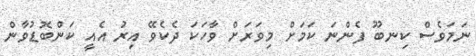
ނަމަވެސް ކިނބޫ ފެންނަ ކަމަށް މިވަރަށް ވާހަކަ ދެކެވޭ އިރު އެއީ ކަންބޮޑުވާން